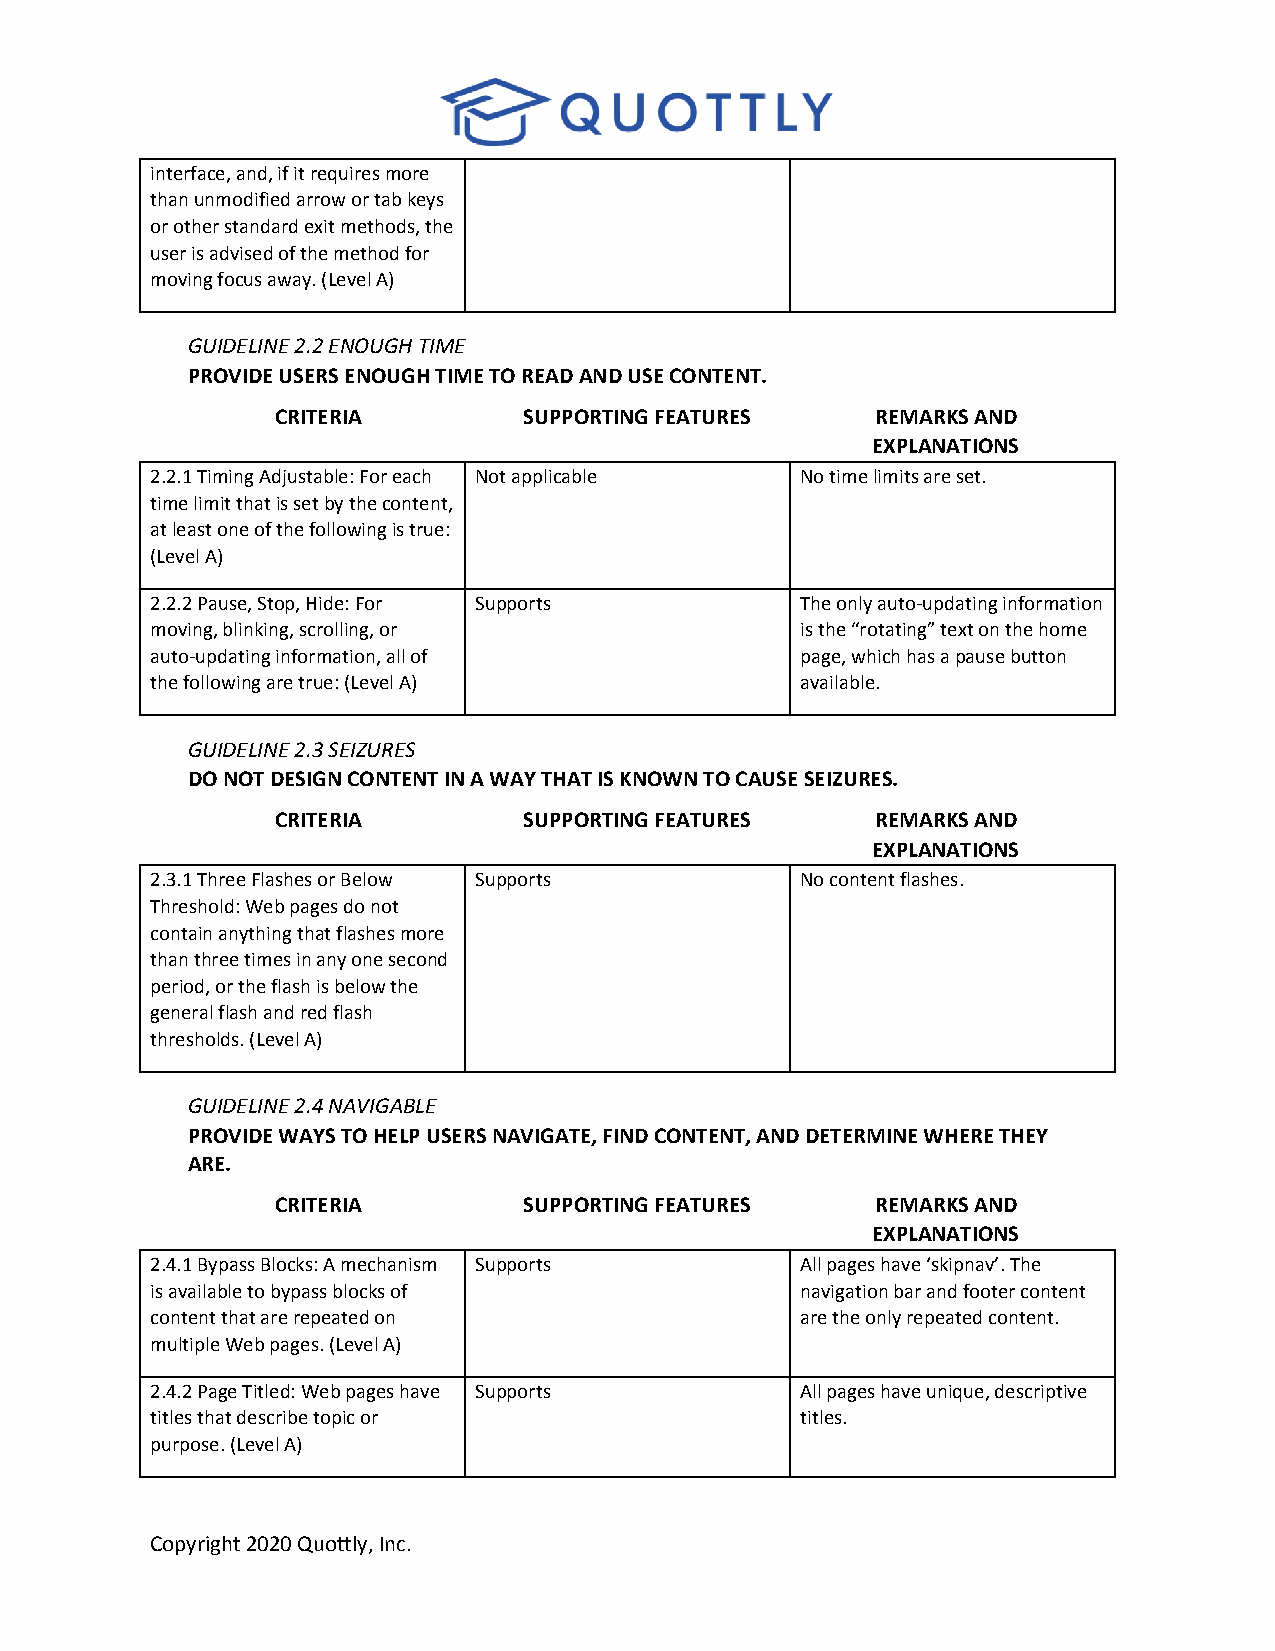
interface, and, if it requires more
 than unmodified arrow or tab keys
 or other standard exit methods, the
 user is advised of the method for
 moving focus away. (Level A)
 GUIDELINE 2.2 ENOUGH TIME
 PROVIDE USERS ENOUGH TIME TO READ AND USE CONTENT.
 CRITERIA         SUPPORTING FEATURES    REMARKS AND
 EXPLANATIONS
 2.2.1 Timing Adjustable: For each Not applicable No time limits are set.
 time limit that is set by the content,
 at least one of the following is true:
 (Level A)
 2.2.2 Pause, Stop, Hide: For Supports      The only auto-updating information
 moving, blinking, scrolling, or            is the “rotating” text on the home
 auto-updating information, all of          page, which has a pause button
 the following are true: (Level A)          available.
 GUIDELINE 2.3 SEIZURES
 DO NOT DESIGN CONTENT IN A WAY THAT IS KNOWN TO CAUSE SEIZURES.
 CRITERIA         SUPPORTING FEATURES    REMARKS AND
 EXPLANATIONS
 2.3.1 Three Flashes or Below Supports      No content flashes.
 Threshold: Web pages do not
 contain anything that flashes more
 than three times in any one second
 period, or the flash is below the
 general flash and red flash
 thresholds. (Level A)
 GUIDELINE 2.4 NAVIGABLE
 PROVIDE WAYS TO HELP USERS NAVIGATE, FIND CONTENT, AND DETERMINE WHERE THEY
 ARE.
 CRITERIA         SUPPORTING FEATURES    REMARKS AND
 EXPLANATIONS
 2.4.1 Bypass Blocks: A mechanism Supports  All pages have ‘skipnav’. The
 is available to bypass blocks of           navigation bar and footer content
 content that are repeated on               are the only repeated content.
 multiple Web pages. (Level A)
 2.4.2 Page Titled: Web pages have Supports All pages have unique, descriptive
 titles that describe topic or              titles.
 purpose. (Level A)
 Copyright 2020 Quottly, Inc.